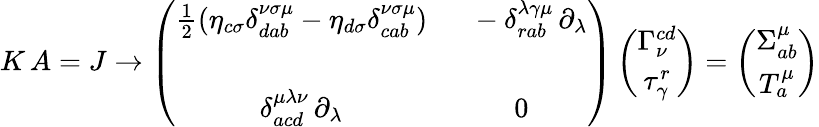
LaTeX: K\, A=J\rightarrow\left(\begin{array}{cc}{{\frac{1}{2}(\eta_{c\sigma}\delta_{dab}^{\nu\sigma\mu}-\eta_{d\sigma}\delta_{cab}^{\nu\sigma\mu})}}&{{\ \ -\delta_{rab}^{\lambda\gamma\mu}\, \partial_{\lambda}}}\\ {{}}&{{}}\\ {{\delta_{acd}^{\mu\lambda\nu}\, \partial_{\lambda}}}&{{0}}\end{array}\right)\left(\begin{array}{c}{{\Gamma_{\nu}^{cd}}}\\ {{\tau_{\gamma}^{r}}}\end{array}\right)=\left(\begin{array}{c}{{\Sigma_{ab}^{\mu}}}\\ {{T_{a}^{\mu}}}\end{array}\right)